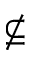
\nsubseteq